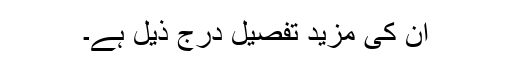
ان کی مزید تفصیل درج ذیل ہے۔